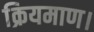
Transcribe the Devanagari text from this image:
क्रियमाण।